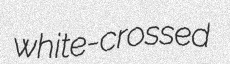
white-crossed